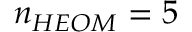
n _ { H E O M } = 5